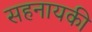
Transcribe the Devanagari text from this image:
सहनायकी